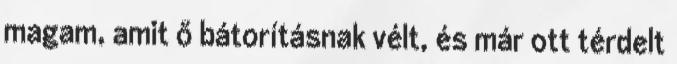
magam, amit ő bátorításnak vélt, és már ott térdelt